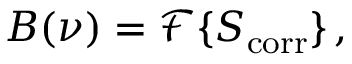
B ( \nu ) = \mathcal { F } \{ S _ { \mathrm { c o r r } } \} \, ,